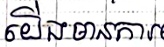
យើងមានការ